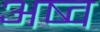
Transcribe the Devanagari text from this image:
अष्व